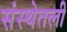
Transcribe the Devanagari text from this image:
संस्थेतली